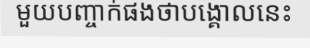
មួយបញ្ចាក់ផងថាបង្គោលនេះ